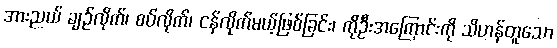
အားညယ် ချဉ်လိုက်၊ စပ်လိုက်၊ ငန်လိုက်မယ့်ဖြစ်ခြင်း၊ ကိုဦးအကြောင်းကို သိဟန်တူသော